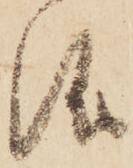
儀